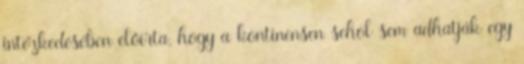
intézkedésében előírta, hogy a kontinensen sehol sem adhatják egy